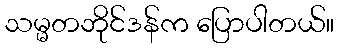
သမ္မတဘိုင်ဒန်က ပြောပါတယ်။